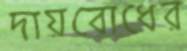
দায়বোধের